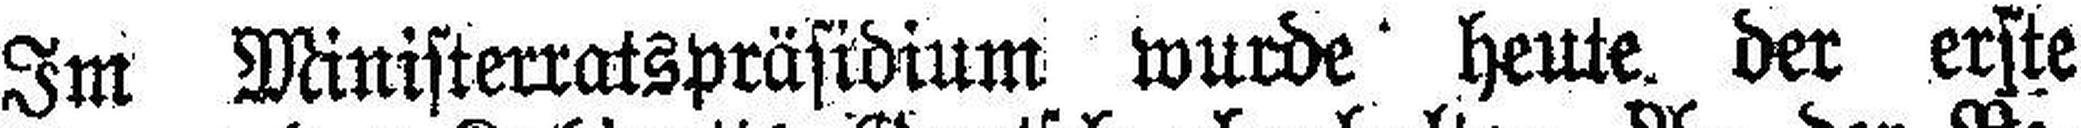
Im Ministerratspräsidium wurde heute der erste